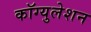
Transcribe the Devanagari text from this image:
कॉग्युलेशन